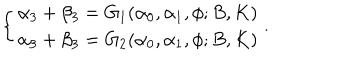
LaTeX: \left\{ \begin{array} { l l } { { \alpha _ { 3 } + \beta _ { 3 } = G _ { 1 } ( \alpha _ { 0 } , \alpha _ { 1 } , \phi ; B , K ) } } \\ { { \alpha _ { 3 } + \beta _ { 3 } = G _ { 2 } ( \alpha _ { 0 } , \alpha _ { 1 } , \phi ; B , K ) } } \\ \end{array} \right. .